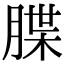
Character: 䐑